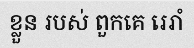
ខ្លួន របស់ ពួកគេ រេរាំ